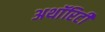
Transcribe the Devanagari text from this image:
अथाॅरिटी